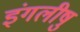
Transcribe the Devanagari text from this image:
इंगलीषु